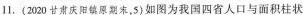
1.(2020甘肃庆阳镇原期末，5)如图为我国四省人口与面积柱状